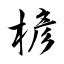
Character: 楌